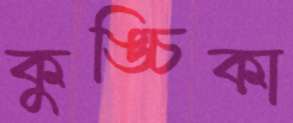
কুঙ্চিকা